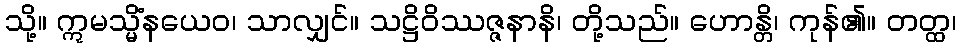
သို့။ ဣမသ္မိံနယေဝ၊ သာလျှင်။ သဋ္ဌိဝိဿဇ္ဇနာနိ၊ တို့သည်။ ဟောန္တိ၊ ကုန်၏။ တတ္ထ၊